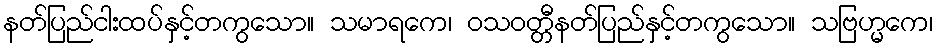
နတ်ပြည်ငါးထပ်နှင့်တကွသော။ သမာရကေ၊ ဝသဝတ္တီနတ်ပြည်နှင့်တကွသော။ သဗြဟ္မကေ၊